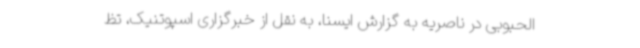
الحبوبی در ناصریه به گزارش ایسنا، به نقل از خبرگزاری اسپوتنیک، تظ